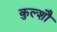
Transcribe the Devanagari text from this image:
कुल्शौ